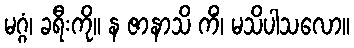
မဂ္ဂံ၊ ခရီးကို။ န ဇာနာသိ ကိံ၊ မသိပါသလော။